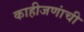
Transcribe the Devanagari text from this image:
काहीजणांची